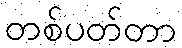
တစ်ပတ်တာ